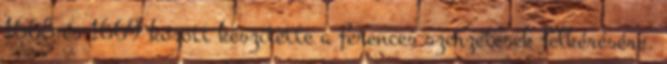
1665 és 1669 között készítette a ferences szerzetesek felkérésére.